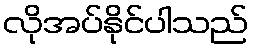
လိုအပ်နိုင်ပါသည်